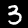
Digit: 3